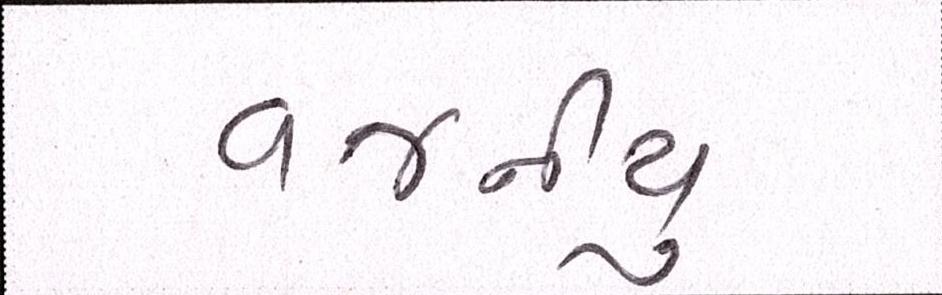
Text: વજનીયુ